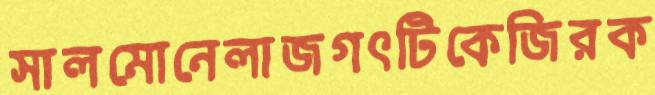
সালমোনেলাজগৎটিকেজিরক